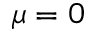
\mu = 0